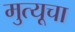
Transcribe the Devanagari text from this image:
मुत्यूचा